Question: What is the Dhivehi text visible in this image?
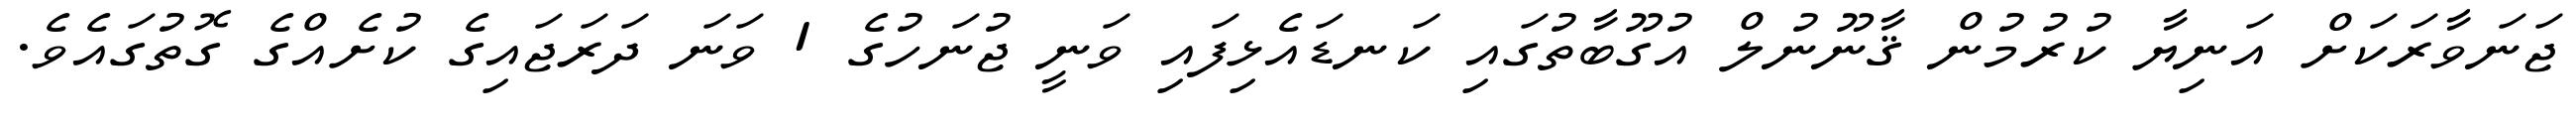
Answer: ޖަނަވާރަކަށް އަނިޔާ ކުރުމުން ޤާނޫނުލް އުގޫބާތުގައި ކަނޑައެޅިފައި ވަނީ ޖުނަހުގެ 1 ވަނަ ދަރަޖައިގެ ކުށެއްގެ ގޮތުގައެވެ.